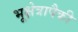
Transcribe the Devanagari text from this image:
भूक्षेत्रापैकी